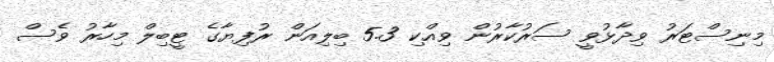
މިނިސްޓަރު ވިދާޅުވީ ސަރުކާރުން ވިއްކި 5.3 ބިލިއަން ރުފިޔާގެ ޓީބިލް މިހާރު ވެސް